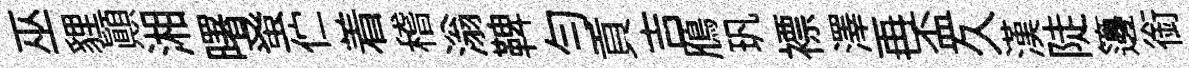
巫貍顛湘曙𫊫伫着稽滃鞞勻貢吉鴈㺬褾澤再盃久漢陡籩銜